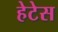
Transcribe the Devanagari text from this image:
हेटेस